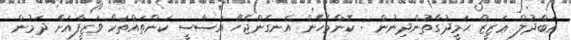
ޢަބްދުލް ޢަޒީޒް ޙަމީދުގާތުންދިނުން : ކޮންމެހެން އެނގެންޖެހޭ އަސާސީ ކަންތައްތަކާ ވަޒީފާއަށް ދަމުން